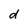
Character: d